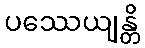
ပဿေယျန္တိ